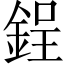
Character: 鋥